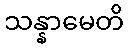
သန္နာမေတိ